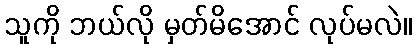
သူကို ဘယ်လို မှတ်မိအောင် လုပ်မလဲ။